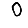
Digit: 0